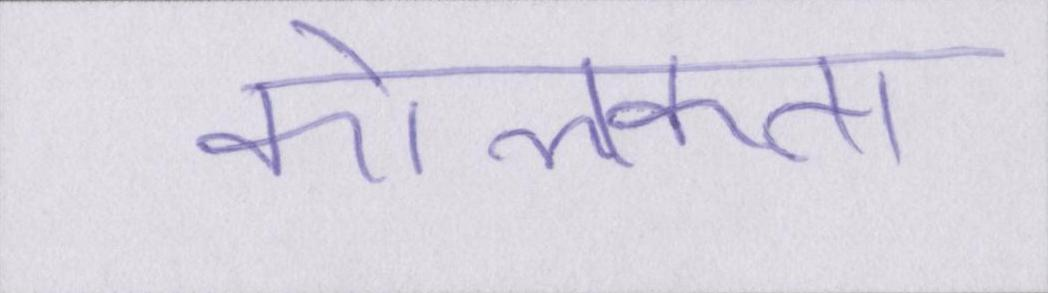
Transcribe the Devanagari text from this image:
कोलकाता